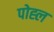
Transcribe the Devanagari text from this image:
पोह्ल